Lock hospitals Punjab
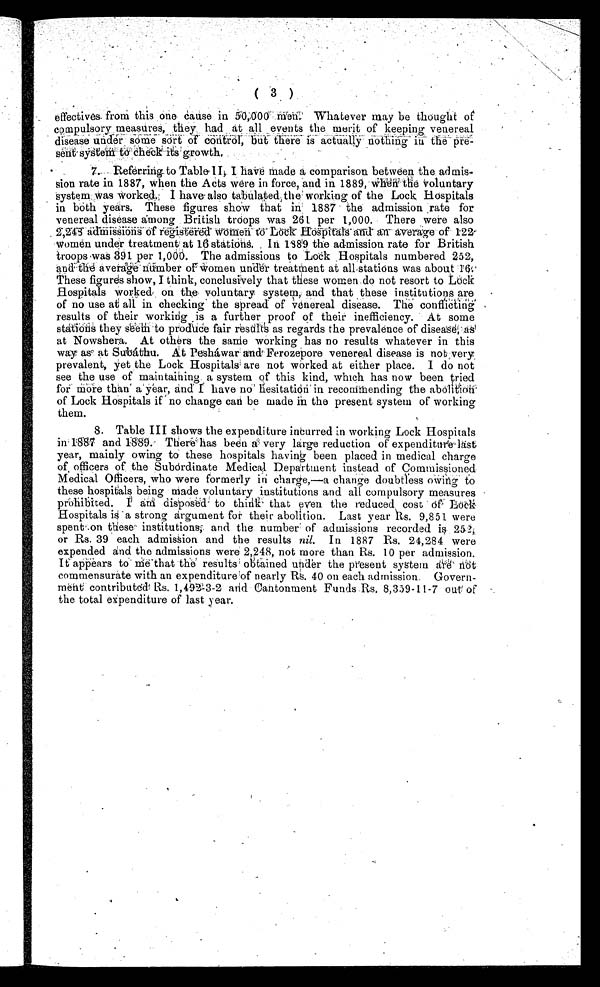
( 3 )
effectives from this one cause in 50,000 Men. Whatever may be thought of
compulsory measures, they had at all events the merit of keeping venereal
di sease under some sor t of cont r ol , but t her e i s act ual l y not hi ng i n t he pr e-
s e n t s y s t e m t o c h e c k i t s g r o w t h .
7. Referring to Table II, I have Made a comparison between the admis -
sion rate in 1887, when the Acts were in force, and in 1889, when the voluntary
system was worked. I have also tabulated the working of the Lock Hospitals
in both years. These figures show that in 1887 the admission rate for
venereal disease among British troops was 261 per 1,000. There were also
2, 243 admi ssi ons of r e g i s t e r e d w o m e n t o L o c k H o s p i t a l sa
n d a n a v e r a g e
o f 1 2 2
Women under treatment at 16 stations. In 1889 the admission rate for British
troops was 391 per 1,000. The admissions to Lock Hospitals numbered 252,
and the average number of women under treatment at all stations was about 16.
These figures show, I think, conclusively that these women do not resort to Lock
Hospitals worked on the voluntary system, and that these institutions are
of no use at all in checking the spread of venereal disease. The conflicting
results of their working is a further proof of their inefficiency. At some
stations they seem to produce fair resdlts as regards the prevalence of disease, as
at Nowshera. At others the same working has no results whatever in this
way as at Subáthu. At Pesháwar and Ferozepore venereal disease is not very
prevalent, yet the Lock Hospitals are not worked at either place. I do not
see the use of maintaining a system of this kind, which has now been tried
for More than a year, and I have no hesitation in recommending the abolition
of Lock Hospitals if no change can be made in the present system of working
them.
8. Table III shows the expenditure incurred in working Lock Hospitals
in 1887 and 1889. There has been a very large reduction of expenditure last
year, mainly owing to these hospitals having been placed in medical charge
of officers of the Subordinate Medical Department instead of Commissioned
Medical Officers, who were formerly in charge,—a change doubtless owing to
these hospitals being made voluntary institutions and all compulsory measures
prohibited. I am disposed to think that even the reduced cost of Lock
Hospitals is a strong argument for their abolition. Last year Rs. 9,851 were
spent on these institutions, and the number of admissions recorded is 252,
or Rs. 39 each admission and the results nil. In 1887 Rs. 24,284 were
expended and the admissions were 2,248, not more than Rs. 10 per admission.
It appears to me that the results obtained under the present system are not
commensurate with an expenditure of nearly R. 40 on each admission. Govern-
ment contributed Rs. 1,492-3 -2 and Cantonment Funds Rs. 8,359-11-7 out of
the total expenditure of last year.